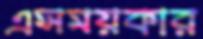
এসময়কার